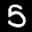
Label: 5